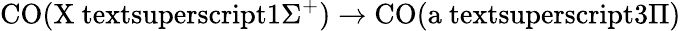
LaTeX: \mathrm{CO(X\ textsuperscript{1}\Sigma^{+})}\to\mathrm{CO(a\ textsuperscript{3}\Pi)}